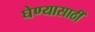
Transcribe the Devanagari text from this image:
घेण्यासाठीं